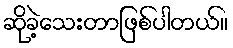
ဆိုခဲ့သေးတာဖြစ်ပါတယ်။